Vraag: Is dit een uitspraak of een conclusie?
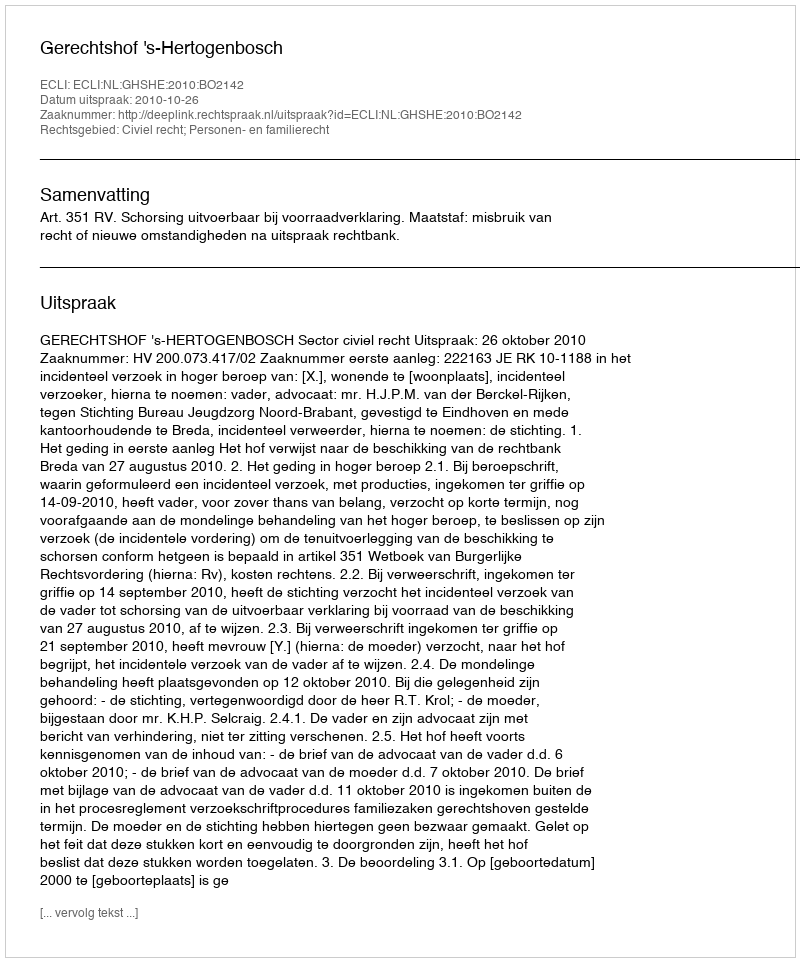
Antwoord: Uitspraak